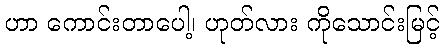
ဟာ ကောင်းတာပေါ့၊ ဟုတ်လား ကိုသောင်းမြင့်